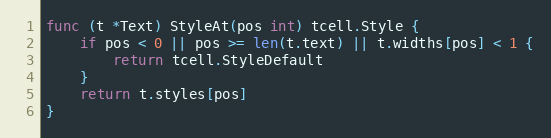
Language: Go
func (t *Text) StyleAt(pos int) tcell.Style {
	if pos < 0 || pos >= len(t.text) || t.widths[pos] < 1 {
		return tcell.StyleDefault
	}
	return t.styles[pos]
}